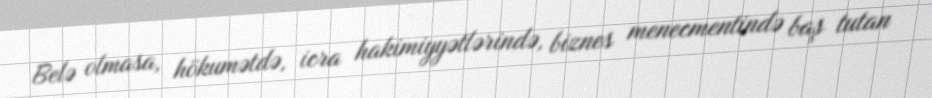
Belə olmasa, hökumətdə, icra hakimiyyətlərində, biznes menecmentində baş tutan